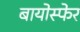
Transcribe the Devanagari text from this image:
बायोस्फेर